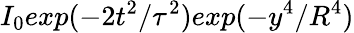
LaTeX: I_{0}exp(-2t^{2}/\tau^{2})exp(-y^{4}/R^{4})